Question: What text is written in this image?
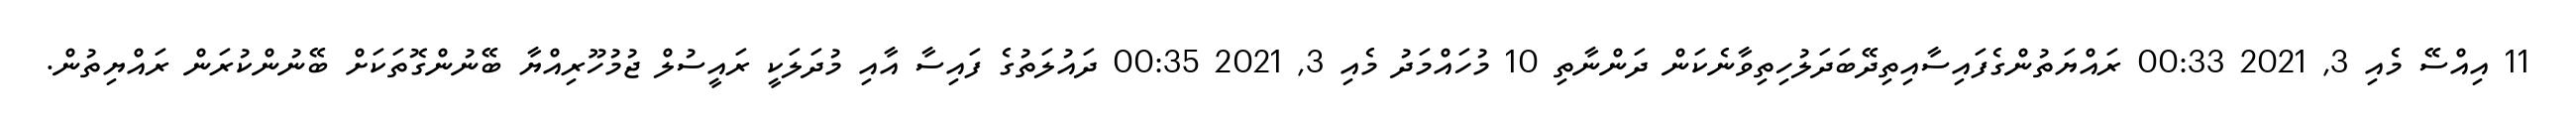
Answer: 11 އިއްސޭ މެއި 3, 2021 00:33 ރައްޔަތުންގެފައިސާއިތިދޭބަދަލުހިތިވާނެކަން ދަންނާތި 10 މުހައްމަދު މެއި 3, 2021 00:35 ދައުލަތުގެ ފައިސާ އާއި މުދަލަކީ ރައީސުލް ޖުމުހޫރިއްޔާ ބޭނުންގޮތަކަށް ބޭނުންކުރަން ރައްޔިތުން.